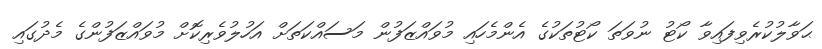
ޙަވާލުކުރެވިފައިވާ ކޯޓު ނުވަތަ ކޯޓުތަކުގެ އެންމެހައި މުވައްޒަފުން މަސައްކަތަށް އަހުލުވެރިކޮށް މުވައްޒަފުންގެ މެދުގައި